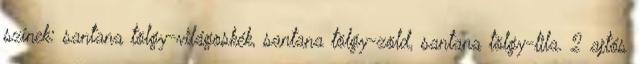
színek: santana tölgy-világoskék, santana tölgy-zöld, santana tölgy-lila. 2 ajtós